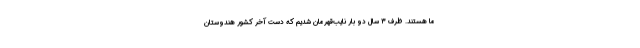
ما هستند. ظرف ۳ سال دو بار نایب‌قهرمان شدیم که دست آخر کشور هندوستان